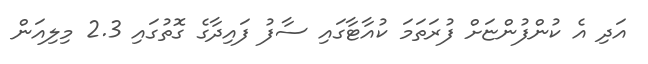
އަދި އެ ކުންފުންޏަށް ފުރަތަމަ ކުއާޓާގައި ސާފު ފައިދާގެ ގޮތުގައި 2.3 މިލިއަން